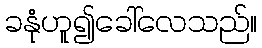
ခနုံဟူ၍ခေါ်လေသည်။